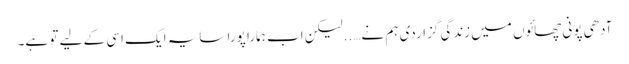
آدھی پونی چھائوں میں زندگی گزاردی ہم نے…..لیکن اب ہمارا پورا سایہ ایک اسی کے لیے تو ہے۔